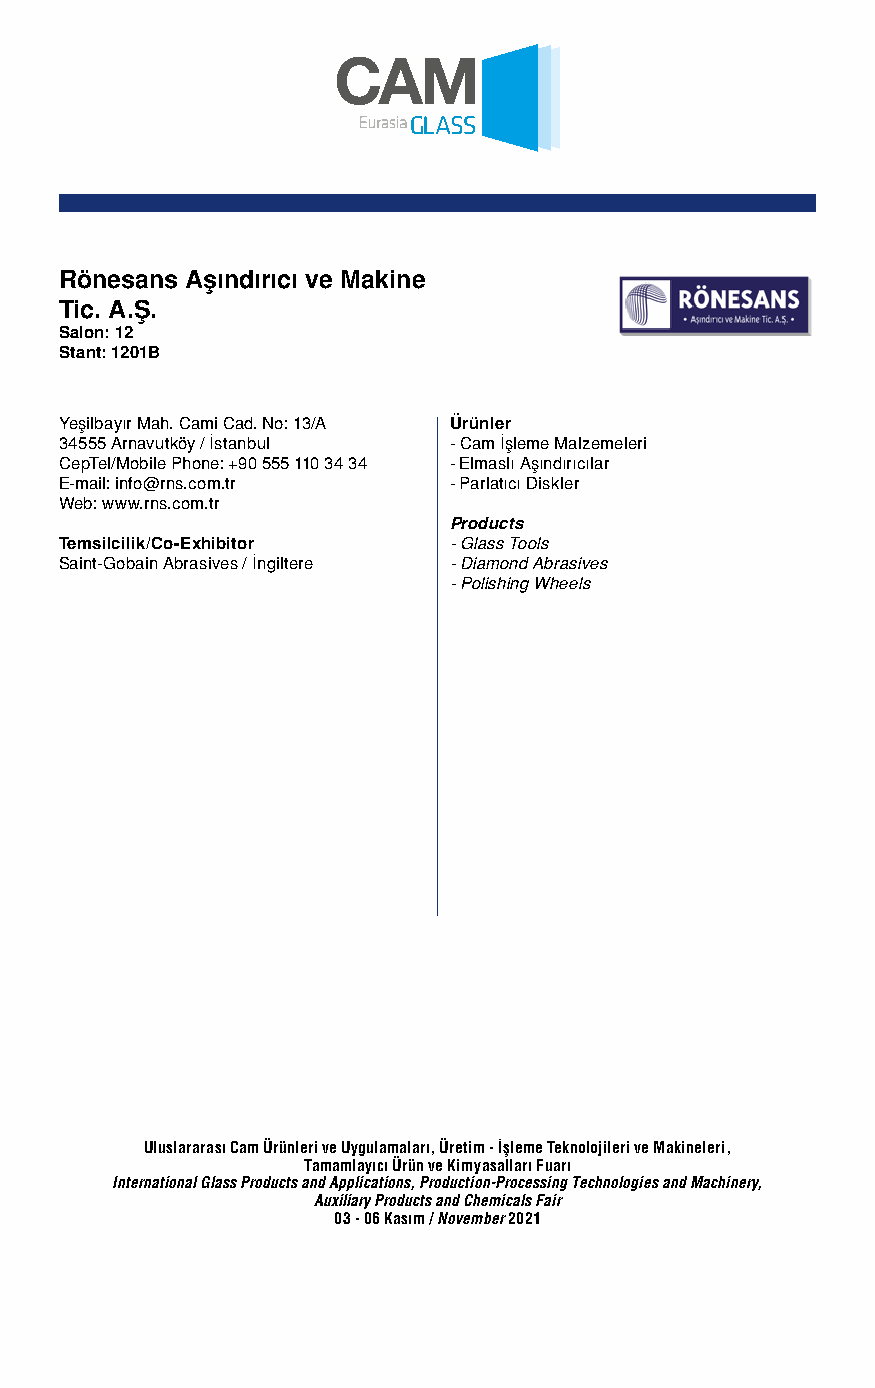
Rönesans Aşındırıcı ve Makine
 Tic. A.Ş.
 Salon: 12
 Stant: 1201B
 Yeşilbayır Mah. Cami Cad. No: 13/A Ürünler
 34555 Arnavutköy / İstanbul - Cam İşleme Malzemeleri
 CepTel/Mobile Phone: +90 555 110 34 34 - Elmaslı Aşındırıcılar
 E-mail: info@rns.com.tr   - Parlatıcı Diskler
 Web: www.rns.com.tr
 Products
 Temsilcilik/Co-Exhibitor  - Glass Tools
 Saint-Gobain Abrasives / İngiltere - Diamond Abrasives
 - Polishing Wheels
 Uluslararası Cam Ürünleri ve Uygulamaları, Üretim - İşleme Teknolojileri ve Makineleri,
 Tamamlayıcı Ürün ve Kimyasalları Fuarı
 International Glass Products and Applications, Production-Processing Technologies and Machinery,
 Auxiliary Products and Chemicals Fair
 03 - 06 Kasım / November 2021